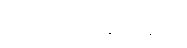
တစ်ဖန်ဖျက်ဆီးပြန်၏။